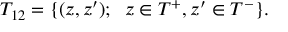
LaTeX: { \cal T } _ { 1 2 } = \{ ( z , z ^ { \prime } ) ; \; \; z \in { \cal T } ^ { + } , z ^ { \prime } \in { \cal T } ^ { - } \} .